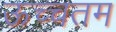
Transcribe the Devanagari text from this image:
ऊच्चतम